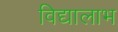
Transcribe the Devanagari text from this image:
विद्यालाभ